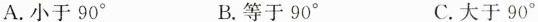
A.小于90^{\circ} B.等于90^{\circ} C.大于90^{\circ}